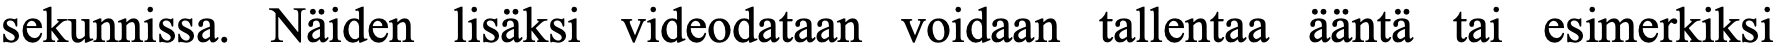
sekunnissa. Näiden lisäksi videodataan voidaan tallentaa ääntä tai esimerkiksi